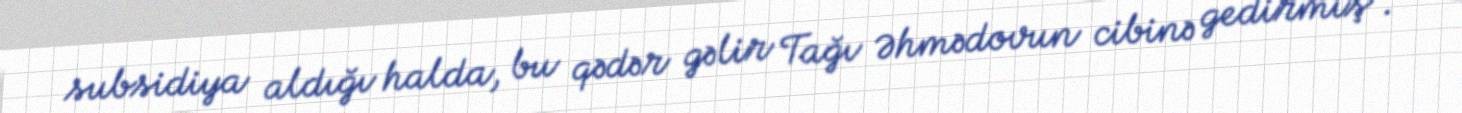
subsidiya aldığı halda, bu qədər gəlir Tağı Əhmədovun cibinə gedirmiş”.